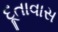
દૂતાવાસ